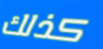
كذلك